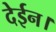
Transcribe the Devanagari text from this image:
देईन।